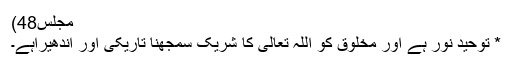
مجلس48)
* توحید نور ہے اور مخلوق کو اللہ تعالیٰ کا شریک سمجھنا تاریکی اور اندھیراہے۔